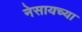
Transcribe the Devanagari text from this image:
नेसायच्या